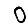
Digit: 0